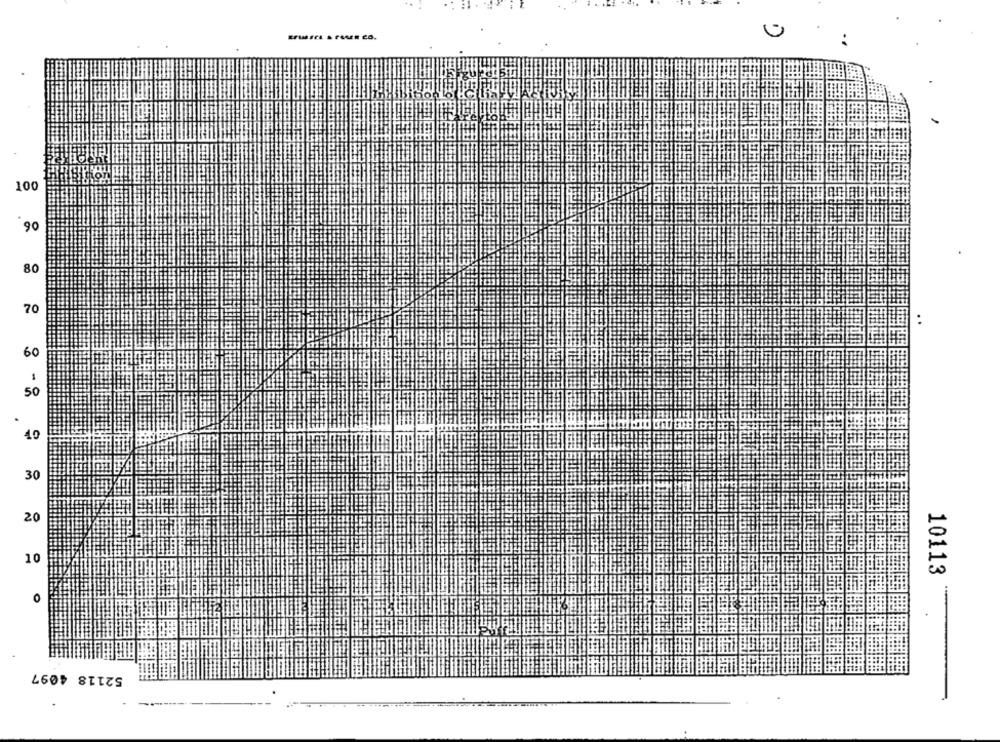
100
90
80
70
. .
60
50
40
30
20
10
10113
52118 4097